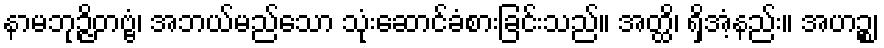
နာမဘုဉ္ဇိတဗ္ဗံ၊ အဘယ်မည်သော သုံးဆောင်ခံစားခြင်းသည်။ အတ္ထိ၊ ရှိအံ့နည်း။ အဟဉ္စ၊